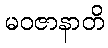
မဝဇာနာတိ